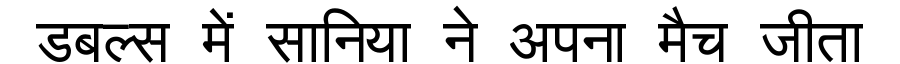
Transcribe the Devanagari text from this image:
डबल्स में सानिया ने अपना मैच जीता